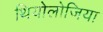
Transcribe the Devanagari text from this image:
थियोलोजिया